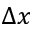
\Delta x